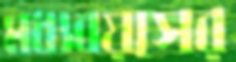
মধ্যবয়সের